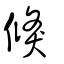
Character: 倏